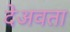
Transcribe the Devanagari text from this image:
देअवता